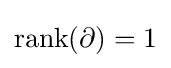
\operatorname {rank} (\partial )=1